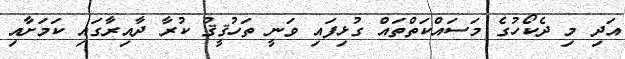
އަދި މި ދެކޯހުގެ މަސައްކަތްތައް ގުޅިފައި ވަނީ ތަހުޤީޤު ކުރާ ދާއިރާގައި ކަމަށާއި